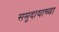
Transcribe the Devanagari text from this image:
समूदायाच्या